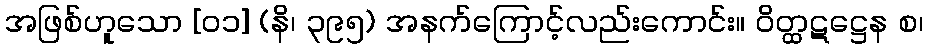
အဖြစ်ဟူသော [၀၁] (နိ၊ ၃၉၅) အနက်ကြောင့်လည်းကောင်း။ ဝိတ္ထဋဋ္ဌေန စ၊